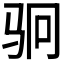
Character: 𬳶